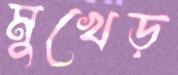
মুখেড়